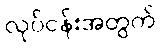
လုပ်ငန်းအတွက်